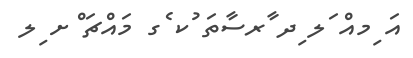
އަ ިމއް ަލ ިދ ާރސާތަ ުކ ެގ މައްޗަ ްށ ިލ